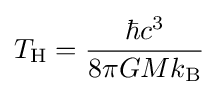
T_{\mathrm {H} }={\frac {\hbar c^{3}}{8\pi GMk_{\mathrm {B} }}}